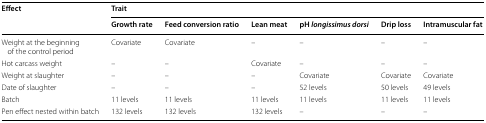
<table><thead><tr><td rowspan="2"><b>Effect</b></td><td colspan="6"><b>Trait</b></td></tr><tr><td><b>Growth rate</b></td><td><b>Feed conversion ratio</b></td><td><b>Lean meat</b></td><td><b>pH <i>longissimus dorsi</i></b></td><td><b>Drip loss</b></td><td><b>Intramuscular fat</b></td></tr></thead><tbody><tr><td>Weight at the beginning of the control period</td><td>Covariate</td><td>Covariate</td><td>–</td><td>–</td><td>–</td><td>–</td></tr><tr><td>Hot carcass weight</td><td>–</td><td>–</td><td>Covariate</td><td>–</td><td>–</td><td>–</td></tr><tr><td>Weight at slaughter</td><td>–</td><td>–</td><td>–</td><td>Covariate</td><td>Covariate</td><td>Covariate</td></tr><tr><td>Date of slaughter</td><td>–</td><td>–</td><td>–</td><td>52 levels</td><td>50 levels</td><td>49 levels</td></tr><tr><td>Batch</td><td>11 levels</td><td>11 levels</td><td>11 levels</td><td>11 levels</td><td>11 levels</td><td>11 levels</td></tr><tr><td>Pen effect nested within batch</td><td>132 levels</td><td>132 levels</td><td>132 levels</td><td>–</td><td>–</td><td>–</td></tr></tbody></table>